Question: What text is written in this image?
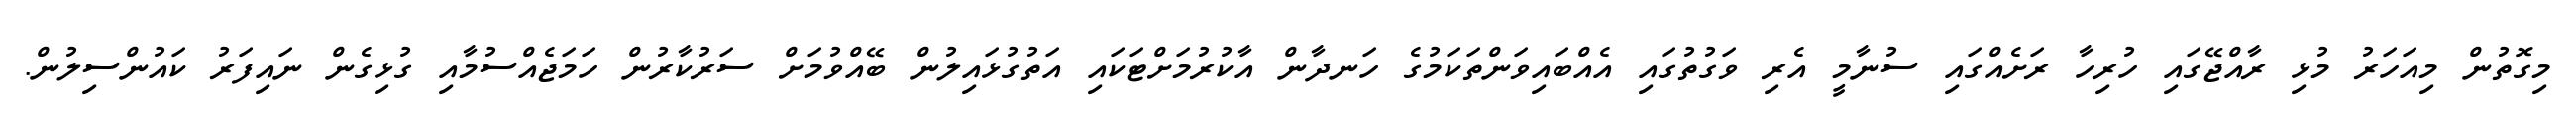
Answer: މިގޮތުން މިއަހަރު މުޅި ރާއްޖޭގައި ހުރިހާ ރަށެއްގައި ސުނާމީ އެރި ވަގުތުގައި އެއްބައިވަންތަކަމުގެ ހަނދާން އާކުރުމަށްޓަކައި އަތުގުޅައިލުން ބޭއްވުމަށް ސަރުކާރުން ހަމަޖެއްސުމާއި ގުޅިގެން ނައިފަރު ކައުންސިލުން.